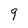
Character: 9